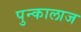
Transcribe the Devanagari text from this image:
पुन्कालाज